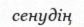
сенудің